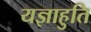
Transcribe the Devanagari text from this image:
यज्ञाहुति